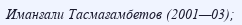
Иманғали Тасмағамбетов (2001—03);